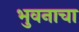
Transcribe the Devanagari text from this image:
भुवनाचा